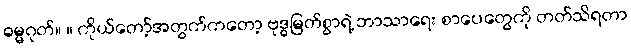
ဓမ္မဂုတ်။ ။ ကိုယ်တော့်အတွက်ကတော့ ဗုဒ္ဓမြတ်စွာရဲ့ ဘာသာရေး စာပေတွေကို တတ်သိရတာ